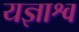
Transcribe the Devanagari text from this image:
यज्ञाश्व